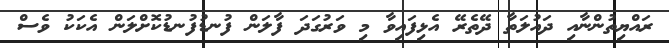
ރައްޔިތުންނާއި ދައުލަތާ ދޭތެރޭ އެޅިފައިވާ މި ވަރުގަދަ ފާލަން ފުނޑުފުނޑުކޮށްލަން އެކަކު ވެސް